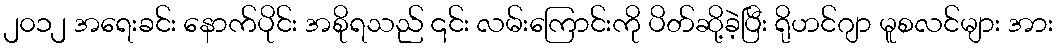
၂၀၁၂ အရေးခင်း နောက်ပိုင်း အစိုရသည် ၎င်း လမ်းကြောင်းကို ပိတ်ဆို့ခဲ့ပြီး ရိုဟင်ဂျာ မူစလင်များ အား